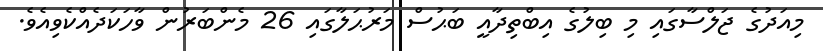
މިއަދުގެ ޖަލްސާގައި މި ބިލުގެ އިބްތިދާއީ ބަޙުސް މަރުޙަލާގައި 26 މެންބަރުން ވާހަކަދެއްކެވިއެވެ.